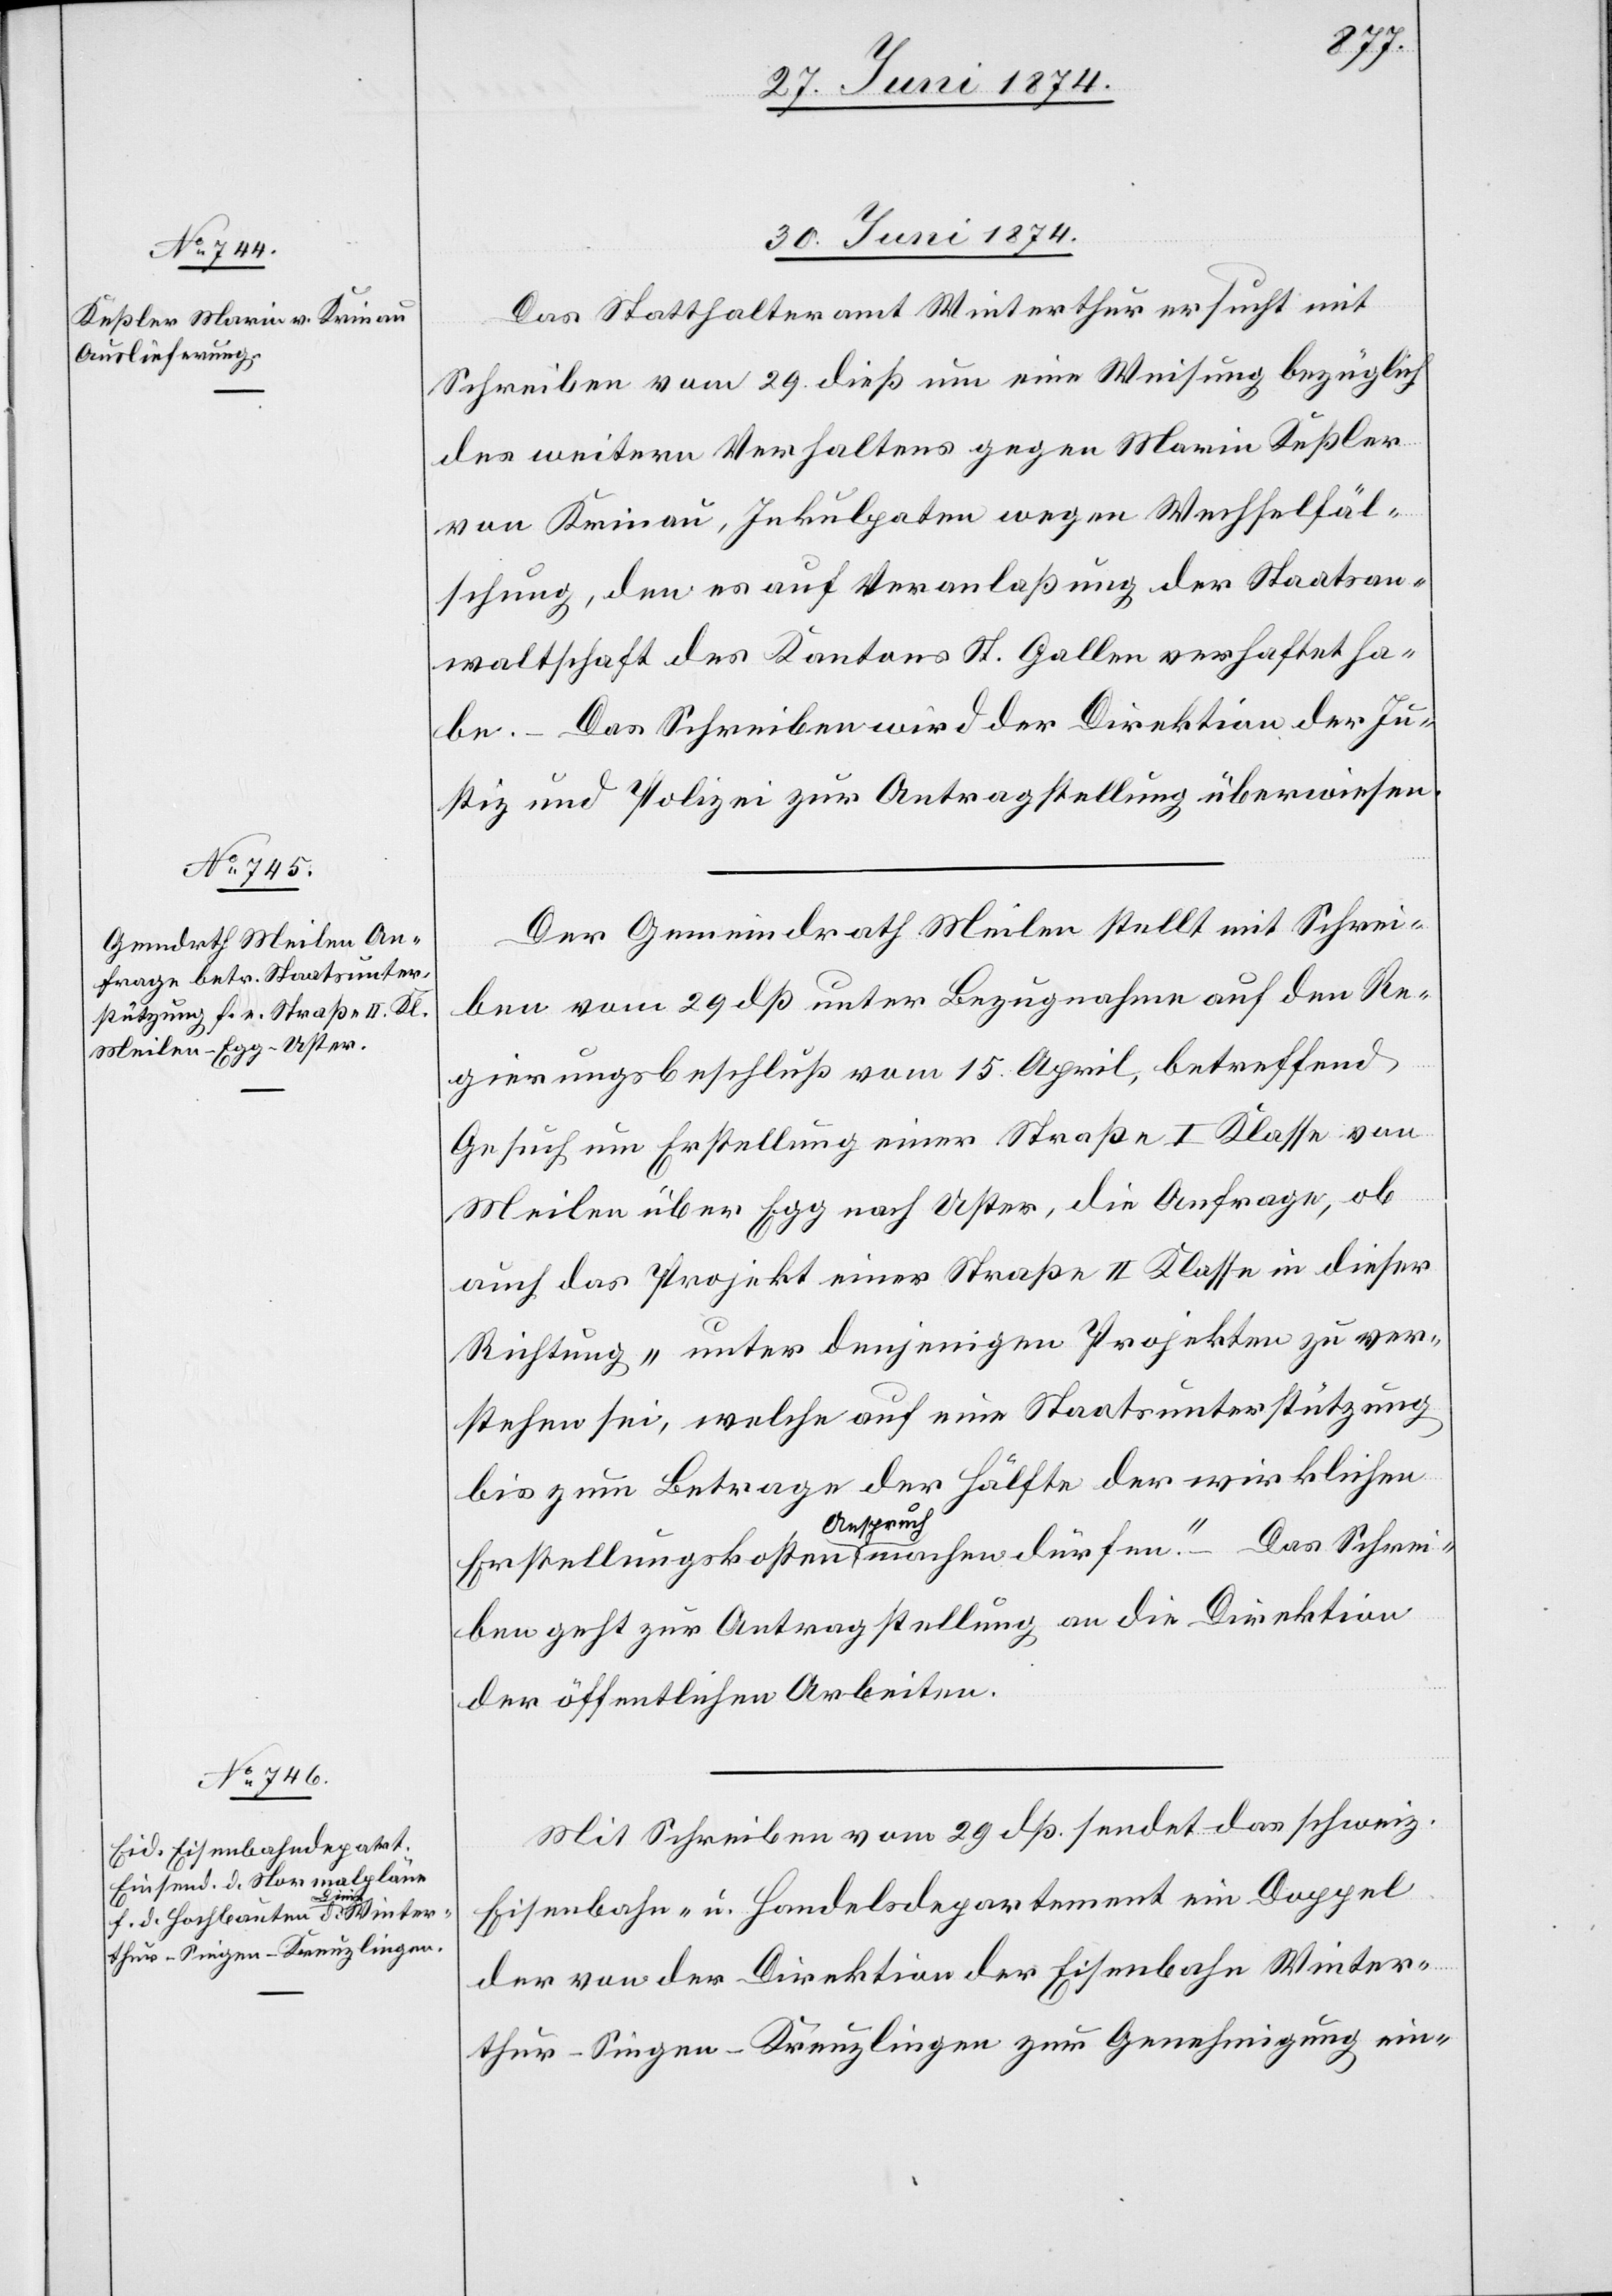
30. Juni 1874.]
Das Statthalteramt Winterthur ersucht mit
Schreiben vom 29. dieß um eine Weisung bezüglich
des weitern Verhaltens gegen Marin Keßler
von Krinau, Inkulpaten wegen Wechselfäl¬
schung, den es auf Veranlaßung der Staatsan¬
waltschaft des Kantons St. Gallen verhaftet ha¬
be. – Das Schreiben wird der Direktion der Ju¬
stiz und Polizei zur Antragstellung überwiesen.
Der Gemeindrath Meilen stellt mit Schrei¬
ben vom 29. dß unter Bezugnahme auf den Re¬
gierungsbeschluß vom 15. April, betreffend
Gesuch um Erstellung einer Straße I. Klasse von
Meilen über Egg nach Uster, die Anfrage, ob
auch das Projekt einer Straße II. Klasse in dieser
Richtung „unter denjenigen Projekten zu ver¬
stehen sei, welche auf eine Staatsunterstützung
bis zum Betrage der Hälfte der wirklichen
Erstellungskosten Anspruch machen dürfen.“ – Das Schrei¬
ben geht zur Antragstellung an die Direktion
der öffentlichen Arbeiten.
Mit Schreiben vom 29. dß. sendet das schweiz.
Eisenbahn- u. Handelsdepartement ein Doppel
der von der Direktion der Eisenbahn Winter¬
thur-Singen-Kreuzlingen zur Genehmigung ein-